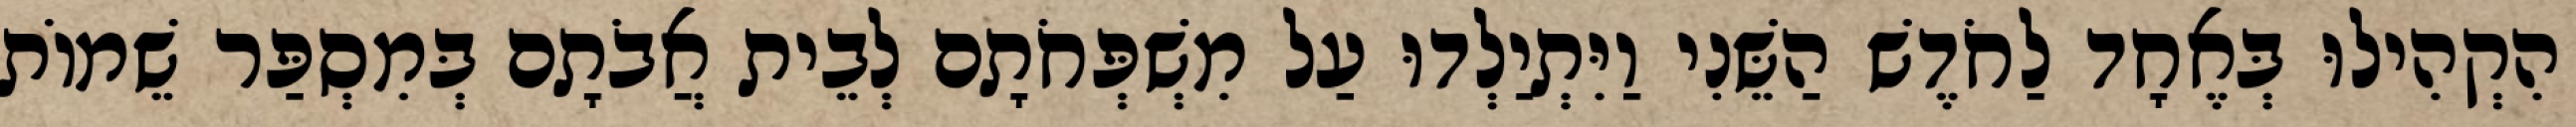
הִקְהִילוּ בְּאֶחָד לַחֹדֶשׁ הַשֵּׁנִי וַיִּתְיַלְדוּ עַל מִשְׁפְּחֹתָם לְבֵית אֲבֹתָם בְּמִסְפַּר שֵׁמוֹת